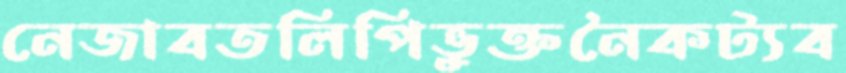
নেজাবতলিপিভুক্তনৈকট্যব